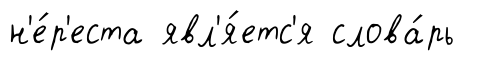
н'е́р'еста явл'я́етс'я слова́рь